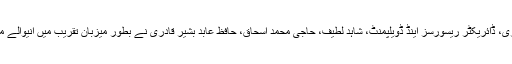
ڈائریکٹر پبلک ریلیشنز منہاج القرآن شہزاد رسول چودھری، ڈائریکٹر ریسورسز اینڈ ڈویلپمنٹ، شاہد لطیف، حاجی محمد اسحاق، حافظ عابد بشیر قادری نے بطور میزبان تقریب میں آنیوالے مہمانوں کو پھولوں کے گلدستے پیش کر کے استقبال کیا۔